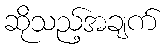
ဆိုသည့်အချက်